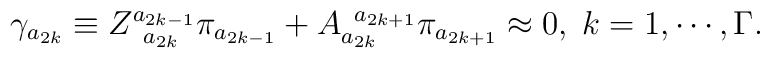
\gamma _{a_{2k}}\equiv Z_{\;\;a_{2k}}^{a_{2k-1}}\pi_{a_{2k-1}}+A_{a_{2k}}^{\;\;a_{2k+1}}\pi _{a_{2k+1}}\approx 0,\;k=1,\cdots,\Gamma .